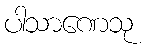
ပါသာဏေသု